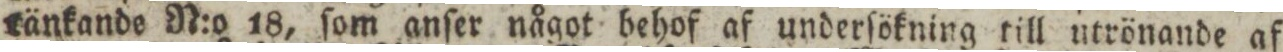
tänkande N:o 18, ſom anſer något behof af underſökning till utrönande af